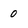
Character: 0